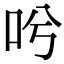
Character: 𠯋